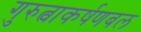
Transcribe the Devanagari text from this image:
गुरुत्वाकर्षणबल